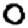
Digit: 0